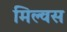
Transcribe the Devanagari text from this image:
मिल्वस